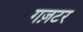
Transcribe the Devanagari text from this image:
गज़टर